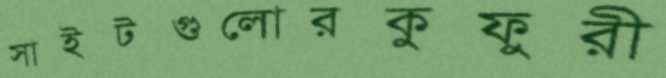
সাইটগুলোরকুফুরী